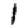
Digit: 1